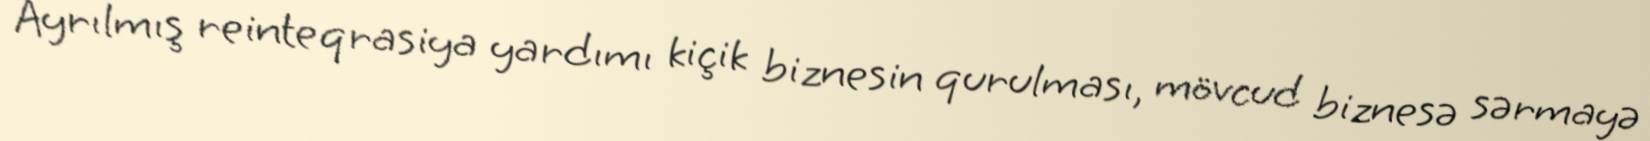
Ayrılmış reinteqrasiya yardımı kiçik biznesin qurulması, mövcud biznesə sərmayə